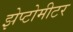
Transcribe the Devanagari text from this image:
झेप्टोमीटर